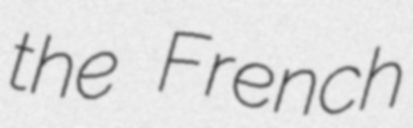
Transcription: the French